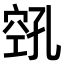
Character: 𫁎